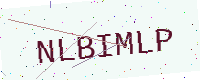
Text: NLBIMLP